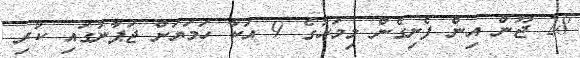
28 ޖޫން އިން ފެށިގެން މިމަހުގެ 9 އަކާ ހަމަޔަށް ޖަޕާނުގައި ކުރި